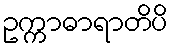
ဥက္ကာဓာရာတိပိ